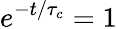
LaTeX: e^{-t/\tau_{c}}=1